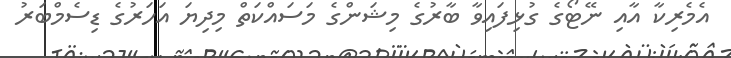
އެމެރިކާ އާއި ނޭޓޯގެ ގުޅިފައިވާ ބާރުގެ މިޝަންގެ މަސައްކަތް މިދިޔަ އަހަރުގެ ޑިސެމްބަރު